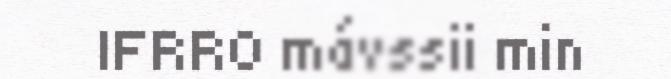
IFRRO mávssii min